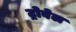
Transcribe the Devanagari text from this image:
ट्रोवेल